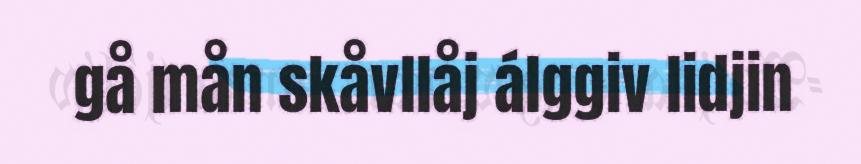
gå mån skåvllåj álggiv lidjin